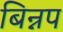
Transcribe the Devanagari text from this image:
बिन्नप